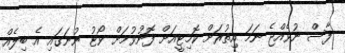
ފާސް ނުވެއްޖެ ނަމަ އިތުރަށް ކޮމިޓީއަށް ފޮނުވުމަށް ވޯޓު ނުނަގައި އެ ބިލެއް